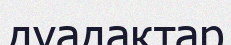
дуадақтар